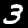
Digit: 3